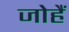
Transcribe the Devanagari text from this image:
जोहैं